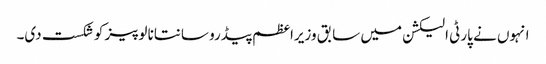
انہوں نے پارٹی الیکشن میں سابق وزیراعظم پیڈرو سانتانا لوپیز کو شکست دی۔